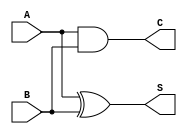
module halfadder(A,B,S,C);
    input A,B;
    output S,C;
    xor(S,A,B);
    and(C,A,B);
endmodule

module fulladder(A,B,Cin,S,Cout);
    input A,B,Cin;
    output S, Cout;
    wire Y1;
    wire Y2;
    wire Y3;
    halfadder ha1(A,B,Y1,Y2);
    halfadder ha2(Y1,Cin,S,Y3);
    or(Cout,Y3,Y2);
endmodule

module subtractor(A,B,S,Op,On);
    input signed [15:0] A;
    input signed[15:0] B;
    output signed[15:0] S;
    output Op, On;
    parameter Cin=1'b1;
    wire [15:0] C;
    wire V;
    fulladder fa1(A[0],~B[0],Cin, S[0],C[0]);
    fulladder fa2(A[1],~B[1],C[0],S[1],C[1]);
    fulladder fa3(A[2],~B[2],C[1],S[2],C[2]);
    fulladder fa4(A[3],~B[3],C[2],S[3],C[3]);
    fulladder fa5(A[4],~B[4],C[3],S[4],C[4]);
    fulladder fa6(A[5],~B[5],C[4],S[5],C[5]);
    fulladder fa7(A[6],~B[6],C[5],S[6],C[6]);
    fulladder fa8(A[7],~B[7],C[6],S[7],C[7]);
    fulladder fa9(A[8],~B[8],C[7], S[8],C[8]);
    fulladder fa10(A[9],~B[9],C[8],S[9],C[9]);
    fulladder fa11(A[10],~B[10],C[9],S[10],C[10]);
    fulladder fa12(A[11],~B[11],C[10],S[11],C[11]);
    fulladder fa13(A[12],~B[12],C[11],S[12],C[12]);
    fulladder fa14(A[13],~B[13],C[12],S[13],C[13]);
    fulladder fa15(A[14],~B[14],C[13],S[14],C[14]);
    fulladder fa16(A[15],~B[15],C[14],S[15],C[15]);
    xor(V,C[15],C[14]);
    assign Op = (V & ~C[15]);
    assign On = (V & C[15]);


endmodule